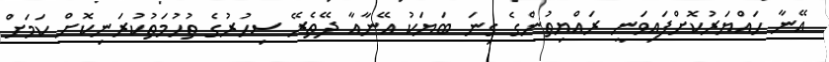
އޭނާ ހައްޔަރުކޮށްފައިވަނީ ރައްޔިތުންގެ ގިނަ ބަޔަކު އޭނާއާ ދޭތެރޭ ސިހުރުގެ ތުހުމަތުކުރަނިކޮށް ކަމަށް